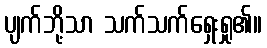
ပျက်ဘို့သာ သက်သက်ရှေးရှု၏။